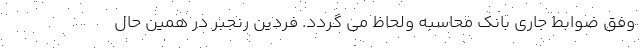
وفق ضوابط جاری بانک محاسبه ولحاظ می گردد. فردین رنجبر در همین حال